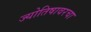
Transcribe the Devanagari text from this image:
ज्योतिषावरचा